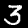
Digit: 3